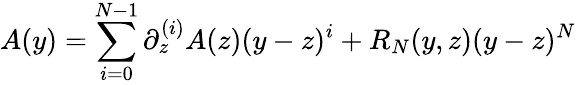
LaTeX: A(y)=\sum_{i=0}^{N-1}\partial_{z}^{(i)}A(z)(y-z)^{i}+R_{N}(y,z)(y-z)^{N}